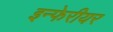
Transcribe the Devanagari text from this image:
इन्फेरीयर